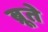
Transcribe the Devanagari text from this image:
ब्रूते